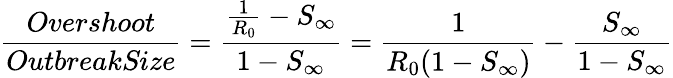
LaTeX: \frac{Overshoot}{\textit{OutbreakSize}}=\frac{\frac{1}{R_{0}}-S_{\infty}}{1-S_{\infty}}=\frac{1}{R_{0}(1-S_{\infty})}-\frac{S_{\infty}}{1-S_{\infty}}